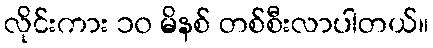
လိုင်းကား ၁၀ မိနစ် တစ်စီးလာပါတယ်။